Korgessaare_vallavalitsus, lk 15
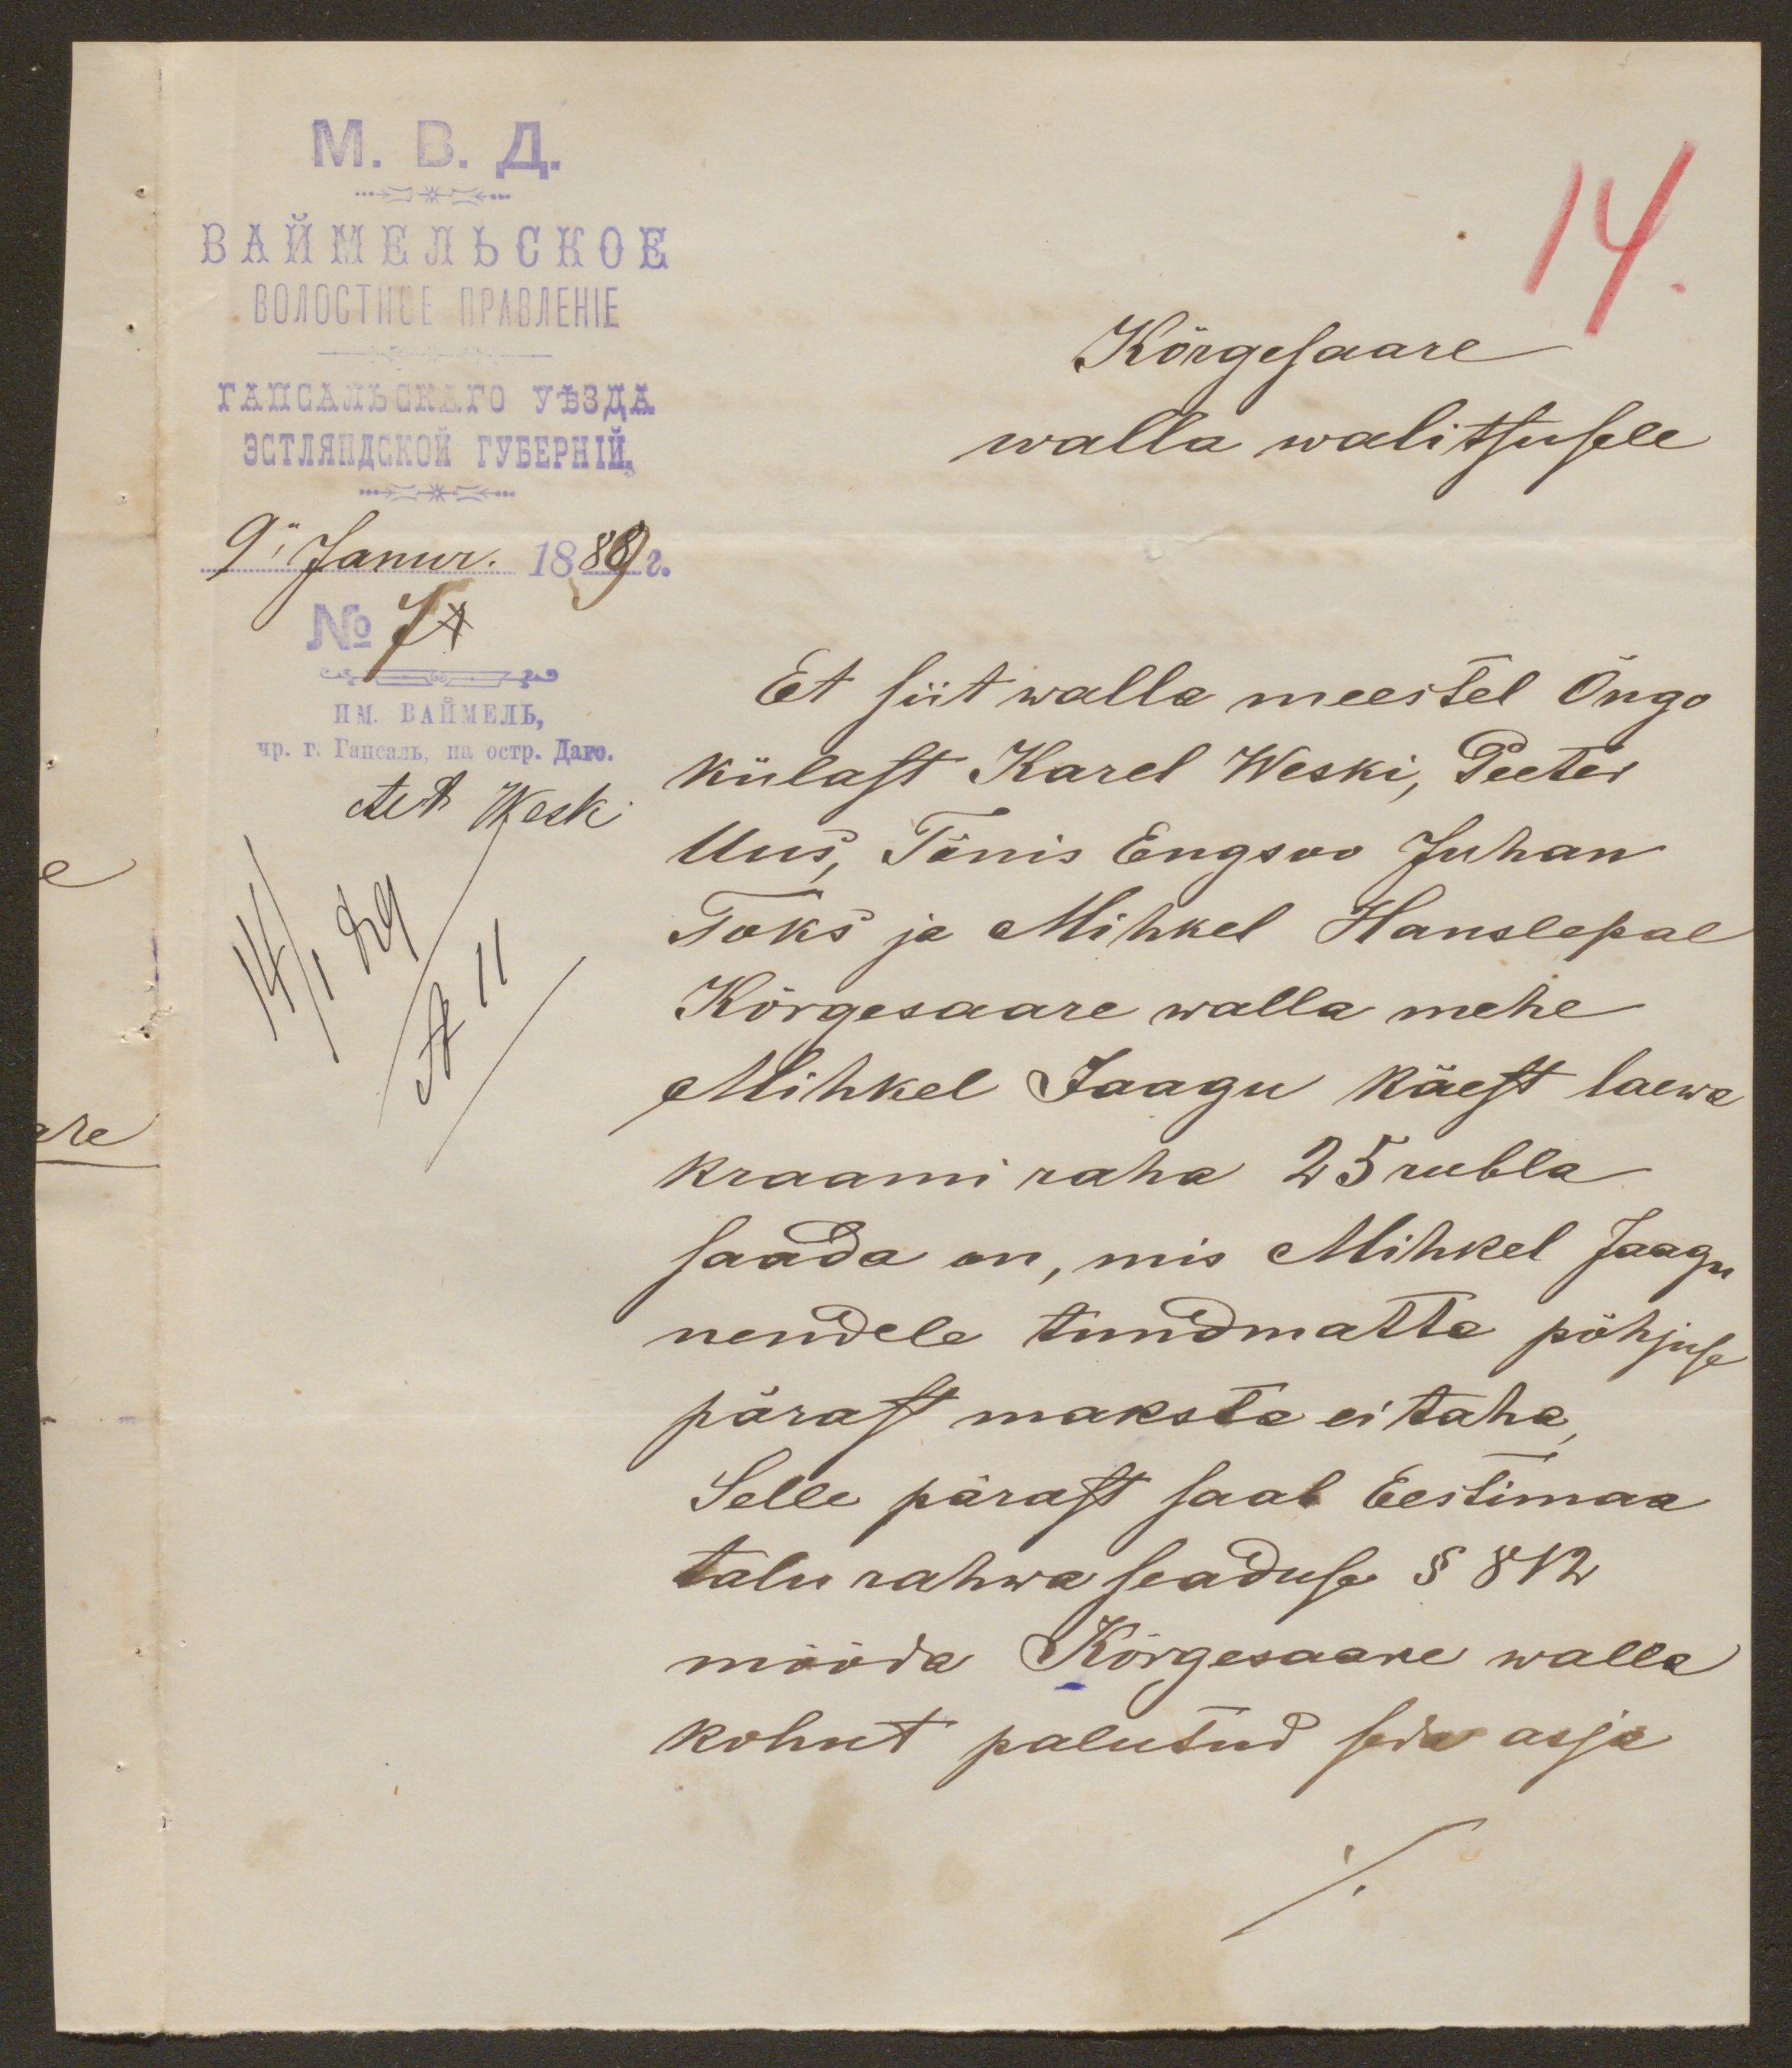
14.
Kõrgesaare
walla walitsusele
Et siit walla meestel Ongo
külast Karel Weski, Peeter
Uus, Tõnis Engsoo Juhan
Toks ja Mihkel Hanslepal
Kõrgesaare walla mehe
Mihkel Jaagu käest laewa
kraami raha 25 rubla
saada on, mis Mihkel Jaagu
nendele tundmatta põhjuse
pärast maksta ei taha,
Selle pärast saab Eestimaa
talu rahwa seaduse § 812
mööda Kõrgessaare walla
kohut palutud seda asja